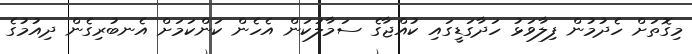
މިގޮތަށް ހެދުމުން ފިލާވަޅު ހަދާގަޑީގައި ކުއްޖާގެ ސަމާލުކަން އެހެން ކަންކަމަށް އެނބުރިގެން ދިއުމުގެ